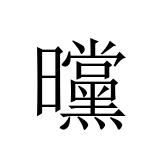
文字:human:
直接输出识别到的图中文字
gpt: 曭